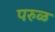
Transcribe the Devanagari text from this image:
परुळ